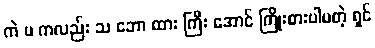
ကဲ မ ကလည်း သ ဘော ထား ကြီး အောင် ကြိုးစားပါမတဲ့ ရှင်